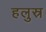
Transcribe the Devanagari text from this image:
हलुस्र